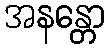
အနန္တော